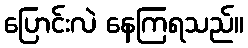
ပြောင်းလဲ နေကြရသည်။